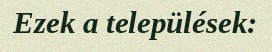
Ezek a települések: